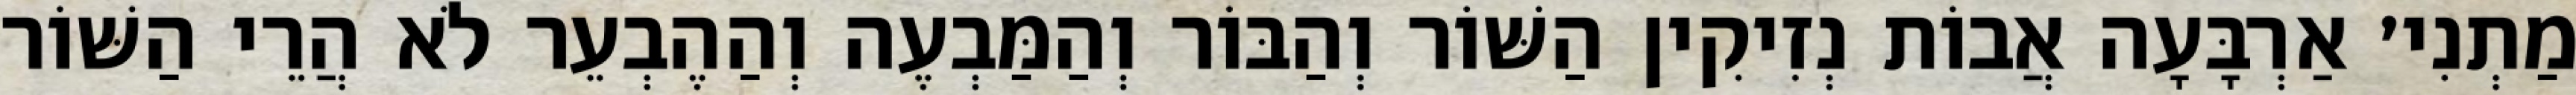
מַתְנִי׳ אַרְבָּעָה אֲבוֹת נְזִיקִין הַשּׁוֹר וְהַבּוֹר וְהַמַּבְעֶה וְהַהֶבְעֵר לֹא הֲרֵי הַשּׁוֹר